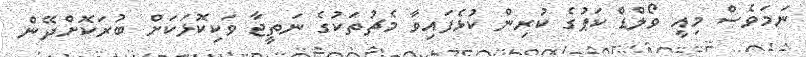
ނަމަވެސް މިއީ ވޯލްޑް ކަޕުގެ ކުރިން ކުޅެފައިވާ މެޗުތަކުގެ ނަތީޖާ ވަކިކޮޅަކަށް ބުރަކޮށްދޭން